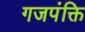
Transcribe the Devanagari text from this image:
गजपंक्ति